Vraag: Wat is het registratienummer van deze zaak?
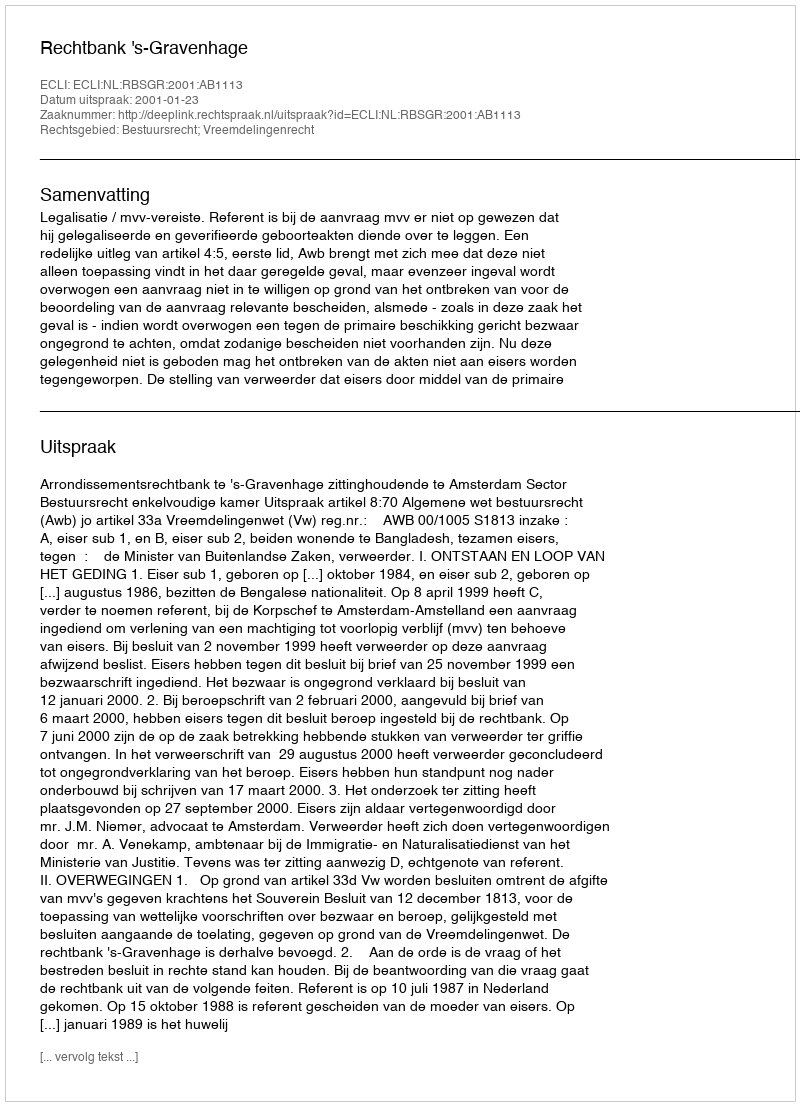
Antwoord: http://deeplink.rechtspraak.nl/uitspraak?id=ECLI:NL:RBSGR:2001:AB1113